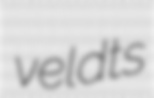
veldts